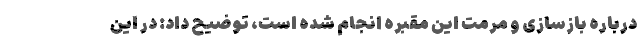
درباره بازسازی و مرمت این مقبره انجام شده است، توضیح داد: در این